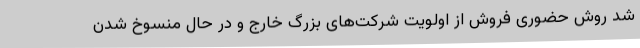
شد روش حضوری فروش از اولویت شرکت‌های بزرگ خارج و در حال منسوخ شدن